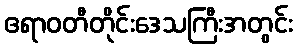
ဧရာဝတီတိုင်းဒေသကြီးအတွင်း